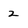
Character: 2